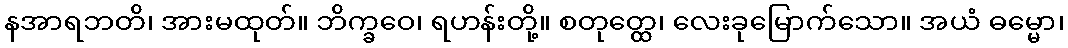
နအာရဘတိ၊ အားမထုတ်။ ဘိက္ခဝေ၊ ရဟန်းတို့။ စတုတ္ထေ၊ လေးခုမြောက်သော။ အယံ ဓမ္မော၊